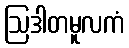
ဩဒါတမူလကံ